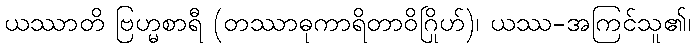
ယဿာတိ ဗြဟ္မစာရီ (တဿာဓုကာရိတာဝိဂြိုဟ်)၊ ယဿ-အကြင်သူ၏၊